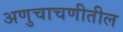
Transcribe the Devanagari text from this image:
अणुचाचणीतील